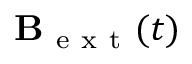
\mathbf { B } _ { \mathrm { ~ e ~ x ~ t ~ } } ( t )